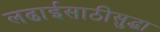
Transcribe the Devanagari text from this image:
लढाईसाठीसुद्धा